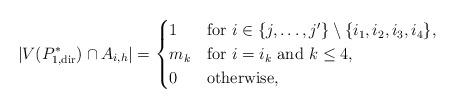
LaTeX: \begin{align*} |V(P^*_{1,{\rm dir}}) \cap A_{i,h}| &= \begin{cases}1& \textrm{for $i \in \{j, \dots, j'\} \setminus \{i_1, i_2, i_3, i_4 \}$,}\\m_k& \textrm{for $i = i_k$ and $k \le 4$,}\\0& \textrm{otherwise,} \end{cases}\end{align*}